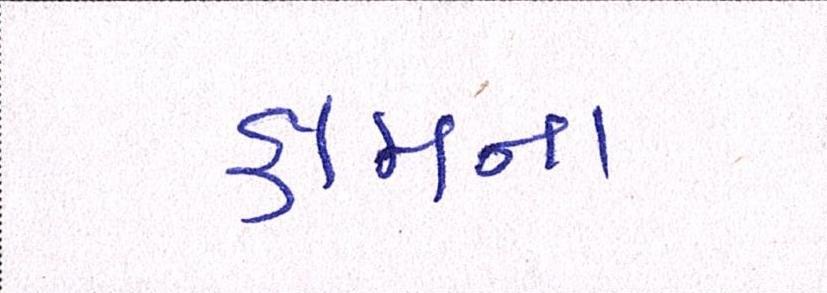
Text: કામના